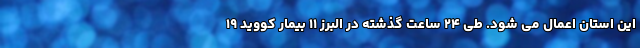
این استان اعمال می شود. طی ۲۴ ساعت گذشته در البرز ۱۱ بیمار کووید ۱۹